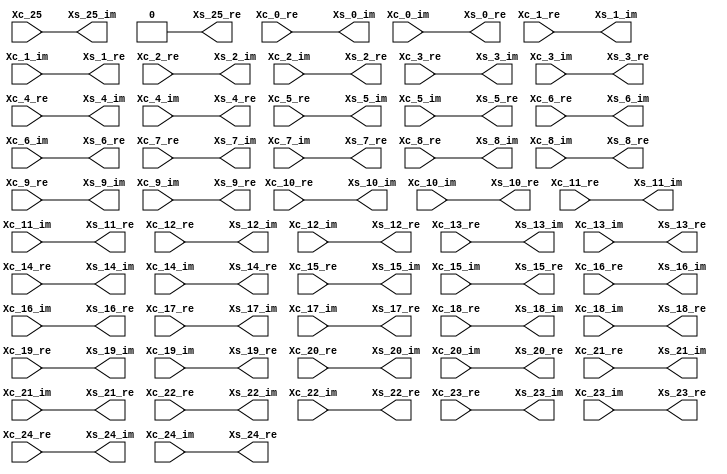
// -------------------------------------------------------------
// 
// 
// Generated by MATLAB 9.8 and HDL Coder 3.16
// 
// -------------------------------------------------------------


// -------------------------------------------------------------
// 
// Module: Swapping
// Source Path: newhope_cambios/FDHT/Swapping 
// Hierarchy Level: 1
// 
// -------------------------------------------------------------

`timescale 1 ns / 1 ns

module Swapping
          (Xc_0_re,
           Xc_0_im,
           Xc_1_re,
           Xc_1_im,
           Xc_2_re,
           Xc_2_im,
           Xc_3_re,
           Xc_3_im,
           Xc_4_re,
           Xc_4_im,
           Xc_5_re,
           Xc_5_im,
           Xc_6_re,
           Xc_6_im,
           Xc_7_re,
           Xc_7_im,
           Xc_8_re,
           Xc_8_im,
           Xc_9_re,
           Xc_9_im,
           Xc_10_re,
           Xc_10_im,
           Xc_11_re,
           Xc_11_im,
           Xc_12_re,
           Xc_12_im,
           Xc_13_re,
           Xc_13_im,
           Xc_14_re,
           Xc_14_im,
           Xc_15_re,
           Xc_15_im,
           Xc_16_re,
           Xc_16_im,
           Xc_17_re,
           Xc_17_im,
           Xc_18_re,
           Xc_18_im,
           Xc_19_re,
           Xc_19_im,
           Xc_20_re,
           Xc_20_im,
           Xc_21_re,
           Xc_21_im,
           Xc_22_re,
           Xc_22_im,
           Xc_23_re,
           Xc_23_im,
           Xc_24_re,
           Xc_24_im,
           Xc_25,
           Xs_0_re,
           Xs_0_im,
           Xs_1_re,
           Xs_1_im,
           Xs_2_re,
           Xs_2_im,
           Xs_3_re,
           Xs_3_im,
           Xs_4_re,
           Xs_4_im,
           Xs_5_re,
           Xs_5_im,
           Xs_6_re,
           Xs_6_im,
           Xs_7_re,
           Xs_7_im,
           Xs_8_re,
           Xs_8_im,
           Xs_9_re,
           Xs_9_im,
           Xs_10_re,
           Xs_10_im,
           Xs_11_re,
           Xs_11_im,
           Xs_12_re,
           Xs_12_im,
           Xs_13_re,
           Xs_13_im,
           Xs_14_re,
           Xs_14_im,
           Xs_15_re,
           Xs_15_im,
           Xs_16_re,
           Xs_16_im,
           Xs_17_re,
           Xs_17_im,
           Xs_18_re,
           Xs_18_im,
           Xs_19_re,
           Xs_19_im,
           Xs_20_re,
           Xs_20_im,
           Xs_21_re,
           Xs_21_im,
           Xs_22_re,
           Xs_22_im,
           Xs_23_re,
           Xs_23_im,
           Xs_24_re,
           Xs_24_im,
           Xs_25_re,
           Xs_25_im);


  input   signed [36:0] Xc_0_re;  // sfix37_En22
  input   signed [36:0] Xc_0_im;  // sfix37_En22
  input   signed [36:0] Xc_1_re;  // sfix37_En22
  input   signed [36:0] Xc_1_im;  // sfix37_En22
  input   signed [36:0] Xc_2_re;  // sfix37_En22
  input   signed [36:0] Xc_2_im;  // sfix37_En22
  input   signed [36:0] Xc_3_re;  // sfix37_En22
  input   signed [36:0] Xc_3_im;  // sfix37_En22
  input   signed [36:0] Xc_4_re;  // sfix37_En22
  input   signed [36:0] Xc_4_im;  // sfix37_En22
  input   signed [36:0] Xc_5_re;  // sfix37_En22
  input   signed [36:0] Xc_5_im;  // sfix37_En22
  input   signed [36:0] Xc_6_re;  // sfix37_En22
  input   signed [36:0] Xc_6_im;  // sfix37_En22
  input   signed [36:0] Xc_7_re;  // sfix37_En22
  input   signed [36:0] Xc_7_im;  // sfix37_En22
  input   signed [36:0] Xc_8_re;  // sfix37_En22
  input   signed [36:0] Xc_8_im;  // sfix37_En22
  input   signed [36:0] Xc_9_re;  // sfix37_En22
  input   signed [36:0] Xc_9_im;  // sfix37_En22
  input   signed [36:0] Xc_10_re;  // sfix37_En22
  input   signed [36:0] Xc_10_im;  // sfix37_En22
  input   signed [36:0] Xc_11_re;  // sfix37_En22
  input   signed [36:0] Xc_11_im;  // sfix37_En22
  input   signed [36:0] Xc_12_re;  // sfix37_En22
  input   signed [36:0] Xc_12_im;  // sfix37_En22
  input   signed [36:0] Xc_13_re;  // sfix37_En22
  input   signed [36:0] Xc_13_im;  // sfix37_En22
  input   signed [36:0] Xc_14_re;  // sfix37_En22
  input   signed [36:0] Xc_14_im;  // sfix37_En22
  input   signed [36:0] Xc_15_re;  // sfix37_En22
  input   signed [36:0] Xc_15_im;  // sfix37_En22
  input   signed [36:0] Xc_16_re;  // sfix37_En22
  input   signed [36:0] Xc_16_im;  // sfix37_En22
  input   signed [36:0] Xc_17_re;  // sfix37_En22
  input   signed [36:0] Xc_17_im;  // sfix37_En22
  input   signed [36:0] Xc_18_re;  // sfix37_En22
  input   signed [36:0] Xc_18_im;  // sfix37_En22
  input   signed [36:0] Xc_19_re;  // sfix37_En22
  input   signed [36:0] Xc_19_im;  // sfix37_En22
  input   signed [36:0] Xc_20_re;  // sfix37_En22
  input   signed [36:0] Xc_20_im;  // sfix37_En22
  input   signed [36:0] Xc_21_re;  // sfix37_En22
  input   signed [36:0] Xc_21_im;  // sfix37_En22
  input   signed [36:0] Xc_22_re;  // sfix37_En22
  input   signed [36:0] Xc_22_im;  // sfix37_En22
  input   signed [36:0] Xc_23_re;  // sfix37_En22
  input   signed [36:0] Xc_23_im;  // sfix37_En22
  input   signed [36:0] Xc_24_re;  // sfix37_En22
  input   signed [36:0] Xc_24_im;  // sfix37_En22
  input   Xc_25;  // ufix1
  output  signed [36:0] Xs_0_re;  // sfix37_En22
  output  signed [36:0] Xs_0_im;  // sfix37_En22
  output  signed [36:0] Xs_1_re;  // sfix37_En22
  output  signed [36:0] Xs_1_im;  // sfix37_En22
  output  signed [36:0] Xs_2_re;  // sfix37_En22
  output  signed [36:0] Xs_2_im;  // sfix37_En22
  output  signed [36:0] Xs_3_re;  // sfix37_En22
  output  signed [36:0] Xs_3_im;  // sfix37_En22
  output  signed [36:0] Xs_4_re;  // sfix37_En22
  output  signed [36:0] Xs_4_im;  // sfix37_En22
  output  signed [36:0] Xs_5_re;  // sfix37_En22
  output  signed [36:0] Xs_5_im;  // sfix37_En22
  output  signed [36:0] Xs_6_re;  // sfix37_En22
  output  signed [36:0] Xs_6_im;  // sfix37_En22
  output  signed [36:0] Xs_7_re;  // sfix37_En22
  output  signed [36:0] Xs_7_im;  // sfix37_En22
  output  signed [36:0] Xs_8_re;  // sfix37_En22
  output  signed [36:0] Xs_8_im;  // sfix37_En22
  output  signed [36:0] Xs_9_re;  // sfix37_En22
  output  signed [36:0] Xs_9_im;  // sfix37_En22
  output  signed [36:0] Xs_10_re;  // sfix37_En22
  output  signed [36:0] Xs_10_im;  // sfix37_En22
  output  signed [36:0] Xs_11_re;  // sfix37_En22
  output  signed [36:0] Xs_11_im;  // sfix37_En22
  output  signed [36:0] Xs_12_re;  // sfix37_En22
  output  signed [36:0] Xs_12_im;  // sfix37_En22
  output  signed [36:0] Xs_13_re;  // sfix37_En22
  output  signed [36:0] Xs_13_im;  // sfix37_En22
  output  signed [36:0] Xs_14_re;  // sfix37_En22
  output  signed [36:0] Xs_14_im;  // sfix37_En22
  output  signed [36:0] Xs_15_re;  // sfix37_En22
  output  signed [36:0] Xs_15_im;  // sfix37_En22
  output  signed [36:0] Xs_16_re;  // sfix37_En22
  output  signed [36:0] Xs_16_im;  // sfix37_En22
  output  signed [36:0] Xs_17_re;  // sfix37_En22
  output  signed [36:0] Xs_17_im;  // sfix37_En22
  output  signed [36:0] Xs_18_re;  // sfix37_En22
  output  signed [36:0] Xs_18_im;  // sfix37_En22
  output  signed [36:0] Xs_19_re;  // sfix37_En22
  output  signed [36:0] Xs_19_im;  // sfix37_En22
  output  signed [36:0] Xs_20_re;  // sfix37_En22
  output  signed [36:0] Xs_20_im;  // sfix37_En22
  output  signed [36:0] Xs_21_re;  // sfix37_En22
  output  signed [36:0] Xs_21_im;  // sfix37_En22
  output  signed [36:0] Xs_22_re;  // sfix37_En22
  output  signed [36:0] Xs_22_im;  // sfix37_En22
  output  signed [36:0] Xs_23_re;  // sfix37_En22
  output  signed [36:0] Xs_23_im;  // sfix37_En22
  output  signed [36:0] Xs_24_re;  // sfix37_En22
  output  signed [36:0] Xs_24_im;  // sfix37_En22
  output  Xs_25_re;  // ufix1
  output  Xs_25_im;  // ufix1


  wire Complex_to_Real_Imag25_out1;  // ufix1
  wire Complex_to_Real_Imag25_out2;  // ufix1


  assign Xs_0_re = Xc_0_im;

  assign Xs_0_im = Xc_0_re;

  assign Xs_1_re = Xc_1_im;

  assign Xs_1_im = Xc_1_re;

  assign Xs_2_re = Xc_2_im;

  assign Xs_2_im = Xc_2_re;

  assign Xs_3_re = Xc_3_im;

  assign Xs_3_im = Xc_3_re;

  assign Xs_4_re = Xc_4_im;

  assign Xs_4_im = Xc_4_re;

  assign Xs_5_re = Xc_5_im;

  assign Xs_5_im = Xc_5_re;

  assign Xs_6_re = Xc_6_im;

  assign Xs_6_im = Xc_6_re;

  assign Xs_7_re = Xc_7_im;

  assign Xs_7_im = Xc_7_re;

  assign Xs_8_re = Xc_8_im;

  assign Xs_8_im = Xc_8_re;

  assign Xs_9_re = Xc_9_im;

  assign Xs_9_im = Xc_9_re;

  assign Xs_10_re = Xc_10_im;

  assign Xs_10_im = Xc_10_re;

  assign Xs_11_re = Xc_11_im;

  assign Xs_11_im = Xc_11_re;

  assign Xs_12_re = Xc_12_im;

  assign Xs_12_im = Xc_12_re;

  assign Xs_13_re = Xc_13_im;

  assign Xs_13_im = Xc_13_re;

  assign Xs_14_re = Xc_14_im;

  assign Xs_14_im = Xc_14_re;

  assign Xs_15_re = Xc_15_im;

  assign Xs_15_im = Xc_15_re;

  assign Xs_16_re = Xc_16_im;

  assign Xs_16_im = Xc_16_re;

  assign Xs_17_re = Xc_17_im;

  assign Xs_17_im = Xc_17_re;

  assign Xs_18_re = Xc_18_im;

  assign Xs_18_im = Xc_18_re;

  assign Xs_19_re = Xc_19_im;

  assign Xs_19_im = Xc_19_re;

  assign Xs_20_re = Xc_20_im;

  assign Xs_20_im = Xc_20_re;

  assign Xs_21_re = Xc_21_im;

  assign Xs_21_im = Xc_21_re;

  assign Xs_22_re = Xc_22_im;

  assign Xs_22_im = Xc_22_re;

  assign Xs_23_re = Xc_23_im;

  assign Xs_23_im = Xc_23_re;

  assign Xs_24_re = Xc_24_im;

  assign Xs_24_im = Xc_24_re;

  assign Complex_to_Real_Imag25_out1 = Xc_25;
  assign Complex_to_Real_Imag25_out2 = 1'b0;



  assign Xs_25_re = Complex_to_Real_Imag25_out2;

  assign Xs_25_im = Complex_to_Real_Imag25_out1;

endmodule  // Swapping